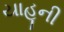
યાહૂની